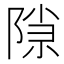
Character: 𬯍